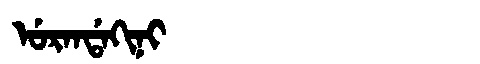
Manchu: ᡠᡵᠠᠨᡩᠠᡴᡳᠨᡳ
Romanization: URANDAKINI